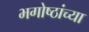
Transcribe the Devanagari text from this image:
भगोष्ठांच्या